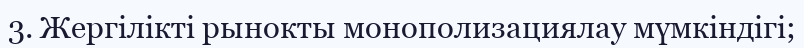
3. Жергілікті рынокты монополизациялау мүмкіндігі;